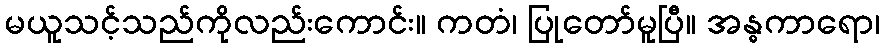
မယူသင့်သည်ကိုလည်းကောင်း။ ကတံ၊ ပြုတော်မူပြီ။ အန္ဓကာရော၊